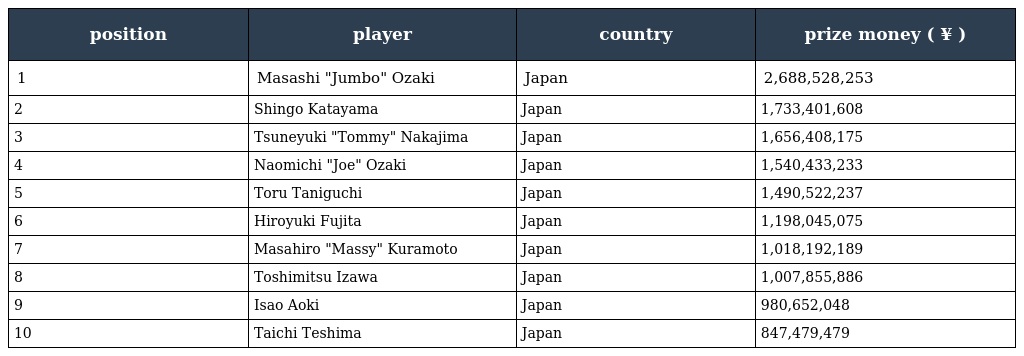
| position | player | country | prize money ( ¥ ) |
 | --- | --- | --- | --- |
 | 1 | Masashi "Jumbo" Ozaki | Japan | 2,688,528,253 |
 | 2 | Shingo Katayama | Japan | 1,733,401,608 |
 | 3 | Tsuneyuki "Tommy" Nakajima | Japan | 1,656,408,175 |
 | 4 | Naomichi "Joe" Ozaki | Japan | 1,540,433,233 |
 | 5 | Toru Taniguchi | Japan | 1,490,522,237 |
 | 6 | Hiroyuki Fujita | Japan | 1,198,045,075 |
 | 7 | Masahiro "Massy" Kuramoto | Japan | 1,018,192,189 |
 | 8 | Toshimitsu Izawa | Japan | 1,007,855,886 |
 | 9 | Isao Aoki | Japan | 980,652,048 |
 | 10 | Taichi Teshima | Japan | 847,479,479 |